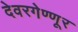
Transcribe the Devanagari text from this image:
देवरगेण्णूर